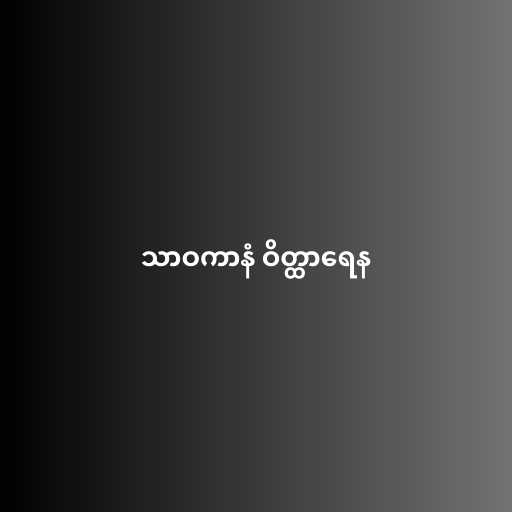
သာဝကာနံ ဝိတ္ထာရေန